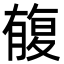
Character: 㬼